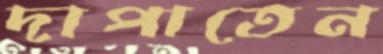
দাপাতেন